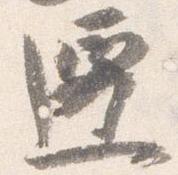
遷